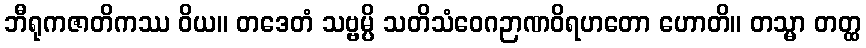
ဘီရုကဇာတိကဿ ဝိယ။ တဒေတံ သဗ္ဗမ္ပိ သတိသံဝေဂဉာဏဝိရဟတော ဟောတိ။ တသ္မာ တတ္ထ